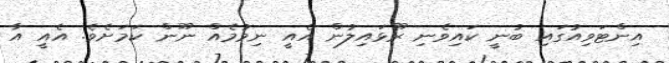
އިންޓަވިއުގައި ބުނީ ކައިވެނި ރޫޅައިލުން އެއީ ނިމުމެއް ނޫން ކަމަށެވެ. އެއީ އާ